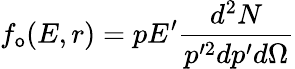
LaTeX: f_{\mathsf{o}}(E,r)=pE^{\prime}\frac{{d^{2}N}}{{p^{\prime2}dp^{\prime}d\Omega}}